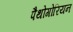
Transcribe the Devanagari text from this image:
पैथोगोरियन